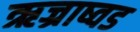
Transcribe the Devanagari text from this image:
ऋज्राष्वड